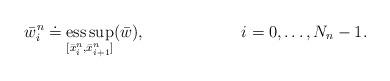
LaTeX: \begin{align*}&\bar{w}_i^n \doteq \underset{[\bar{x}_i^n,\bar{x}_{i+1}^n]}{\rm ess\,sup} (\bar{w}),&i=0,\ldots,N_n-1.\end{align*}